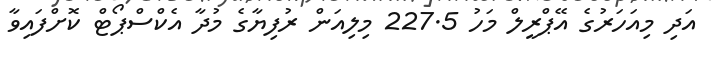
އަދި މިއަހަރުގެ އޭޕްރީލް މަހު 227.5 މިލިއަން ރުފިޔާގެ މުދާ އެކްސްޕޯޓް ކޮށްފައިވާ